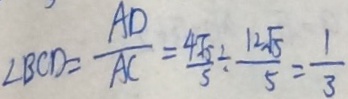
\angle B C D = \frac { A D } { A C } = \frac { 4 \sqrt { 5 } } { 5 } \div \frac { 1 2 \sqrt { 5 } } { 5 } = \frac { 1 } { 3 }